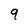
Character: 9